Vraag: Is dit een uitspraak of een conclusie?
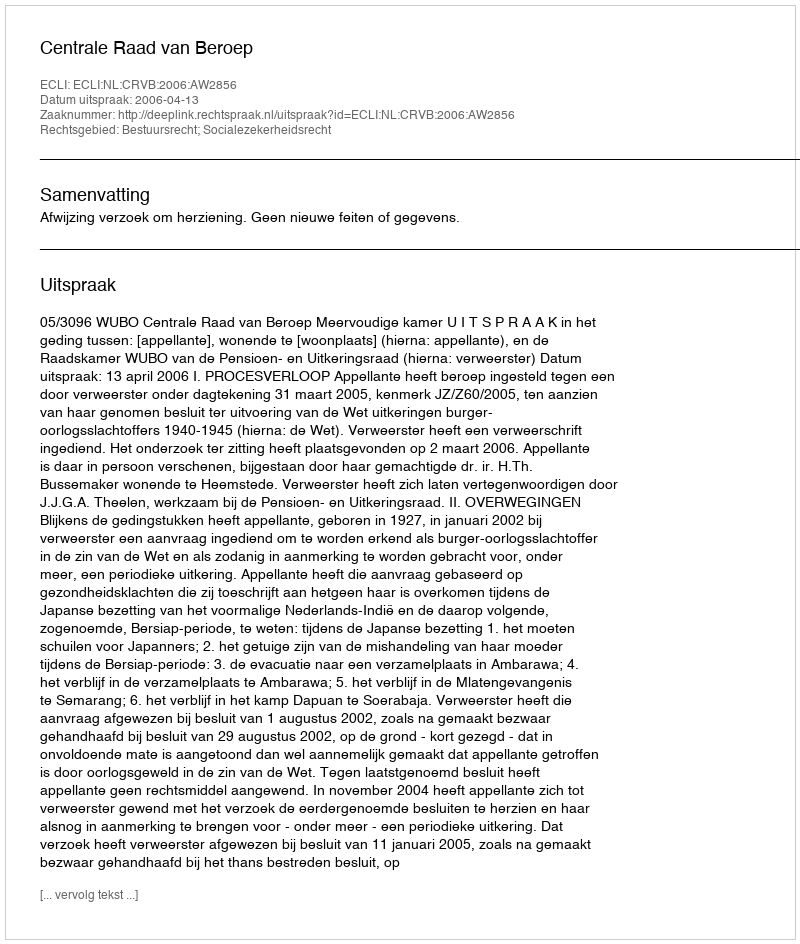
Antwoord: Uitspraak